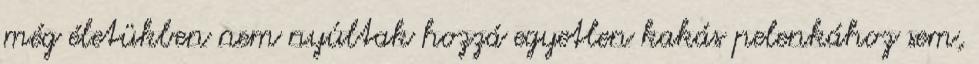
még életükben nem nyúltak hozzá egyetlen kakás pelenkához sem,